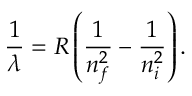
{ \frac { 1 } { \lambda } } = R \left( { \frac { 1 } { n _ { f } ^ { 2 } } } - { \frac { 1 } { n _ { i } ^ { 2 } } } \right) .